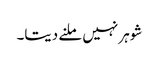
شوہر نہیں ملنے دیتا۔